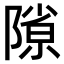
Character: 𨻶